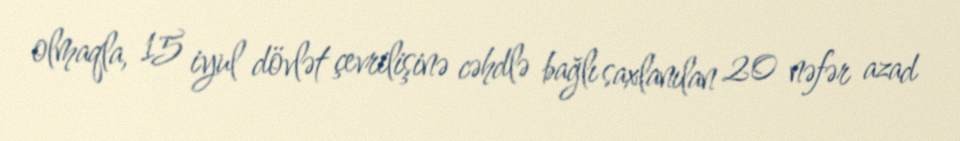
olmaqla, 15 iyul dövlət çevrilişinə cəhdlə bağlı saxlanılan 20 nəfər azad